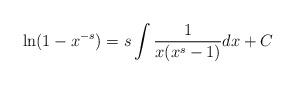
LaTeX: \begin{align*}\ln(1-x^{-s}) = s\int \frac{1}{x(x^s-1)}dx + C\end{align*}